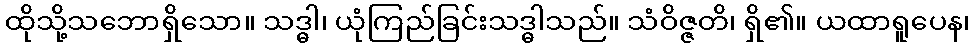
ထိုသို့သဘောရှိသော။ သဒ္ဓါ၊ ယုံကြည်ခြင်းသဒ္ဓါသည်။ သံဝိဇ္ဇတိ၊ ရှိ၏။ ယထာရူပေန၊